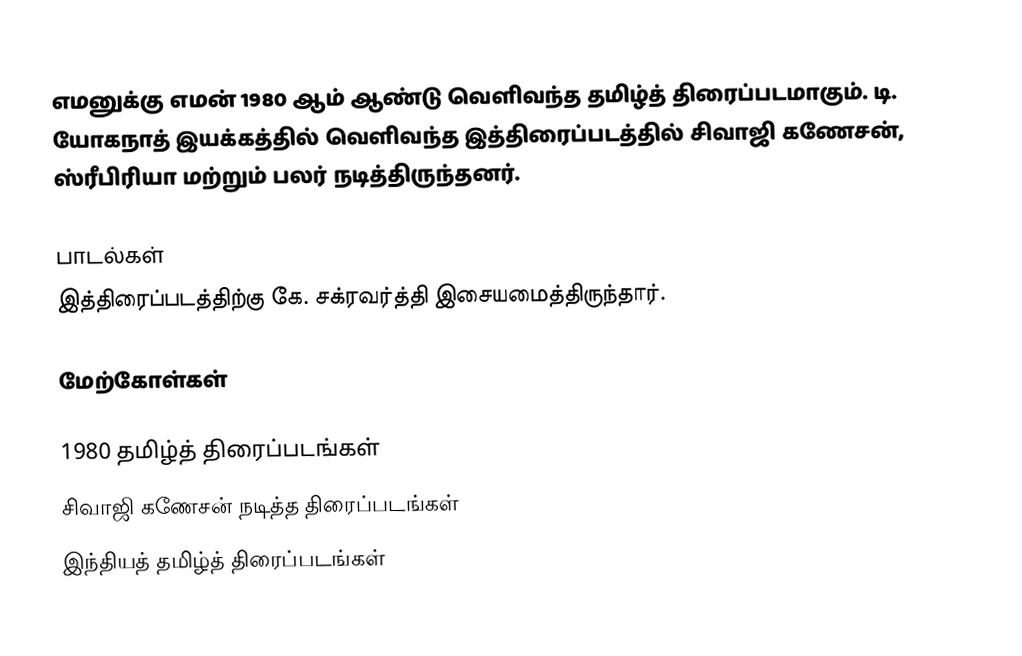
எமனுக்கு எமன் 1980 ஆம் ஆண்டு வெளிவந்த தமிழ்த் திரைப்படமாகும். டி. யோகநாத் இயக்கத்தில் வெளிவந்த இத்திரைப்படத்தில் சிவாஜி கணேசன், ஸ்ரீபிரியா மற்றும் பலர் நடித்திருந்தனர்.

பாடல்கள்
இத்திரைப்படத்திற்கு கே. சக்ரவர்த்தி இசையமைத்திருந்தார்.

மேற்கோள்கள்

1980 தமிழ்த் திரைப்படங்கள்
சிவாஜி கணேசன் நடித்த திரைப்படங்கள்
இந்தியத் தமிழ்த் திரைப்படங்கள்